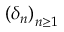
\left( \delta _ { n } \right) _ { n \geq 1 }